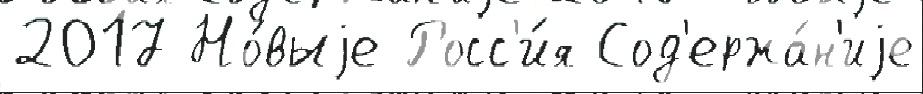
2017 Но́выjе Росс'и́я Сод'ержа́н'иjе